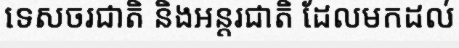
ទេសចរជាតិ និងអន្តរជាតិ ដែលមកដល់